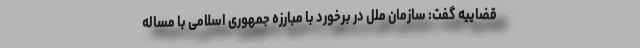
قضاییه گفت: سازمان ملل در برخورد با مبارزه جمهوری اسلامی با مساله